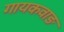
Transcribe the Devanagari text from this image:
गायकवाङ